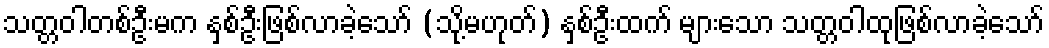
သတ္တဝါတစ်ဦးမက နှစ်ဦးဖြစ်လာခဲ့သော် (သို့မဟုတ်) နှစ်ဦးထက် များသော သတ္တဝါထုဖြစ်လာခဲ့သော်